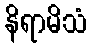
နိရာမိသံ